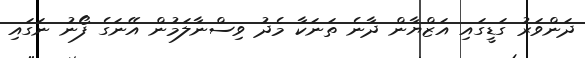
ދަންވަރު ގަޑީގައި އަޒްޔާން ދާނެ ތަނަކާ މެދު ވިސްނާލަމުން އޭނަގެ ފޯނު ނަގައި